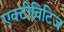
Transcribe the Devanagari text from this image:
एक्टीविटिज